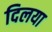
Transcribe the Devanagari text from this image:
दिलया